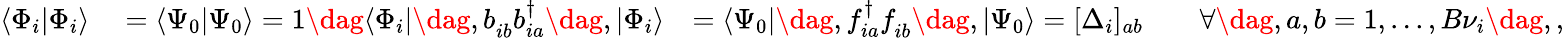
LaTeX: \begin{array}{rlr}{\langle\Phi_{i}|\Phi_{i}\rangle}&{{}=\langle\Psi_{0}|\Psi_{0}\rangle=1\dag\langle\Phi_{i}|\dag,b_{ib}^{\phantom{\dagger}}b_{ia}^{\dagger}\dag,|\Phi_{i}\rangle}&{=\langle\Psi_{0}|\dag,f_{ia}^{\dagger}f_{ib}^{\phantom{\dagger}}\dag,|\Psi_{0}\rangle=[\Delta_{i}]_{ab}\qquad\forall\dag,a,b=1,...,B{\nu}_{i}\dag,,}\end{array}